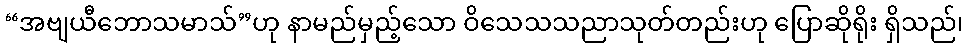
“အဗျယီဘောသမာသ်”ဟု နာမည်မှည့်သော ဝိသေသသညာသုတ်တည်းဟု ပြောဆိုရိုး ရှိသည်၊